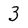
Character: 3